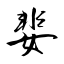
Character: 婓